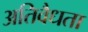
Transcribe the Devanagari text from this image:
अतिवैधता